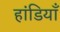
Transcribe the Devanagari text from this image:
हांडियाँ